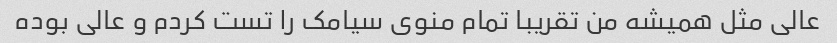
عالی مثل همیشه من تقریبا تمام منوی سیامک را تست کردم و عالی بوده